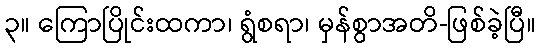
၃။ ကြောပြိုင်းထကာ၊ ရွံစရာ၊ မှန်စွာအတိ-ဖြစ်ခဲ့ပြီ။